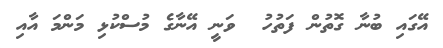
އޭގައި ބުނާ ގޮތުން ފަތުހު  ވަނީ އޭނާގެ މުސްކުޅި މަންމަ އާއި